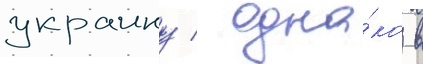
украину / одна́ко в